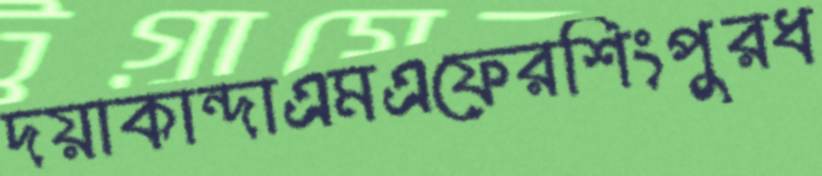
দয়াকান্দাএমএফেরশিংপুরধ